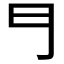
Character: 𠃛